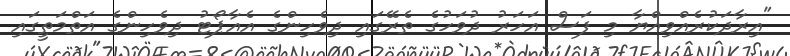
"އިރާދަކުރެއްވިއްޔާ މި ފަސް އަހަރު ދުވަހުގެ ތެރޭގައި ދިވެހިންގެ އެއާޕޯޓު ދިވެހިންގެ އަތްމަތީގައި